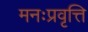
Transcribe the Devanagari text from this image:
मनःप्रवृत्ति